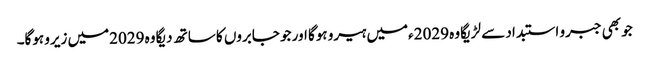
جو بھی جبرو استبداد سے لڑیگا وہ 2029ءمیں ہیرو ہوگا اور جو جابروں کا ساتھ دیگا وہ 2029میں زیرو ہوگا۔